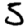
Digit: 5